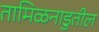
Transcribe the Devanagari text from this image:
तामिळनाडुतील